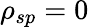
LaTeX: \rho_{sp}=0